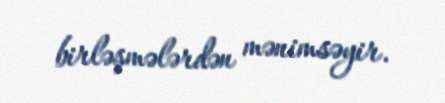
birləşmələrdən mənimsəyir.